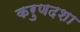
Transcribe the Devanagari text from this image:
करुणदशा